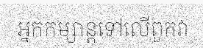
អ្នកកម្សាន្តទៅលើពួកវា